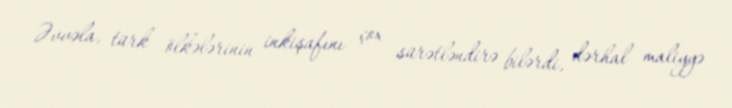
Əvvəla, türk ölkələrinin inkişafını çox sürətləndirə bilərdi, dərhal maliyyə